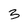
Character: 3